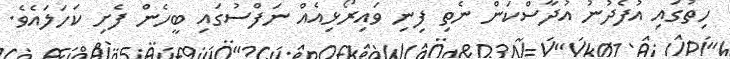
ހިތުގައި އުފެދުނު އުދާސްކަން ނެތި ފިނި ވައިރޯޅިއެއް ނަފްސުގައި ބީހެން ފެށި ކަހަލައެވެ.